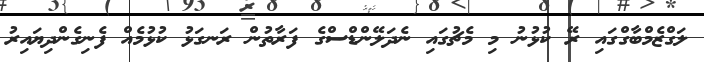
ލަގްޒެމްބާގްގައި ރޭ ކުޅުނު މި މެޗުގައި ނެދަލޭންޑްސްގެ ފަރާތުން ރަނގަޅު ކުޅުމެއް ފެނިގެންދިޔައިރު